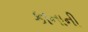
કાનાની